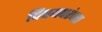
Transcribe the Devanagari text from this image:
विषयपरंपरा